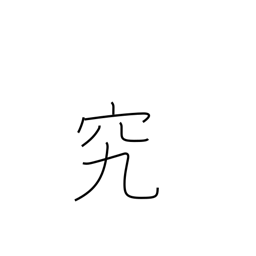
Meaning: study